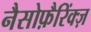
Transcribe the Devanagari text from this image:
नैसोफ़ैरिंक्ज़